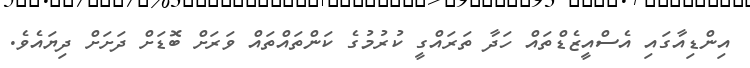
އިންޑިއާގައި އެސްއީޒެޑްތައް ހަދާ ތަރައްގީ ކުރުމުގެ ކަންތައްތައް ވަރަށް ބޮޑަށް ދަށަށް ދިޔައެވެ.